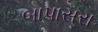
બાપાસરા